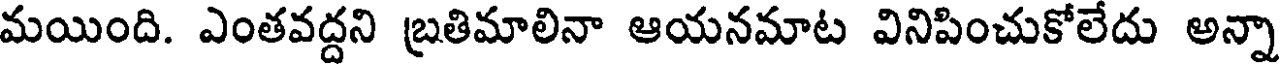
మయింది. ఎంతవద్దని బ్రతిమాలినా ఆయనమాట వినిపించుకోలేదు అన్నా